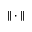
\| \cdot \|